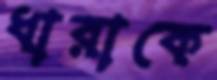
ধারাকে